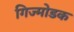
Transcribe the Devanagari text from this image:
गिज्मोडक